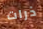
ذرات